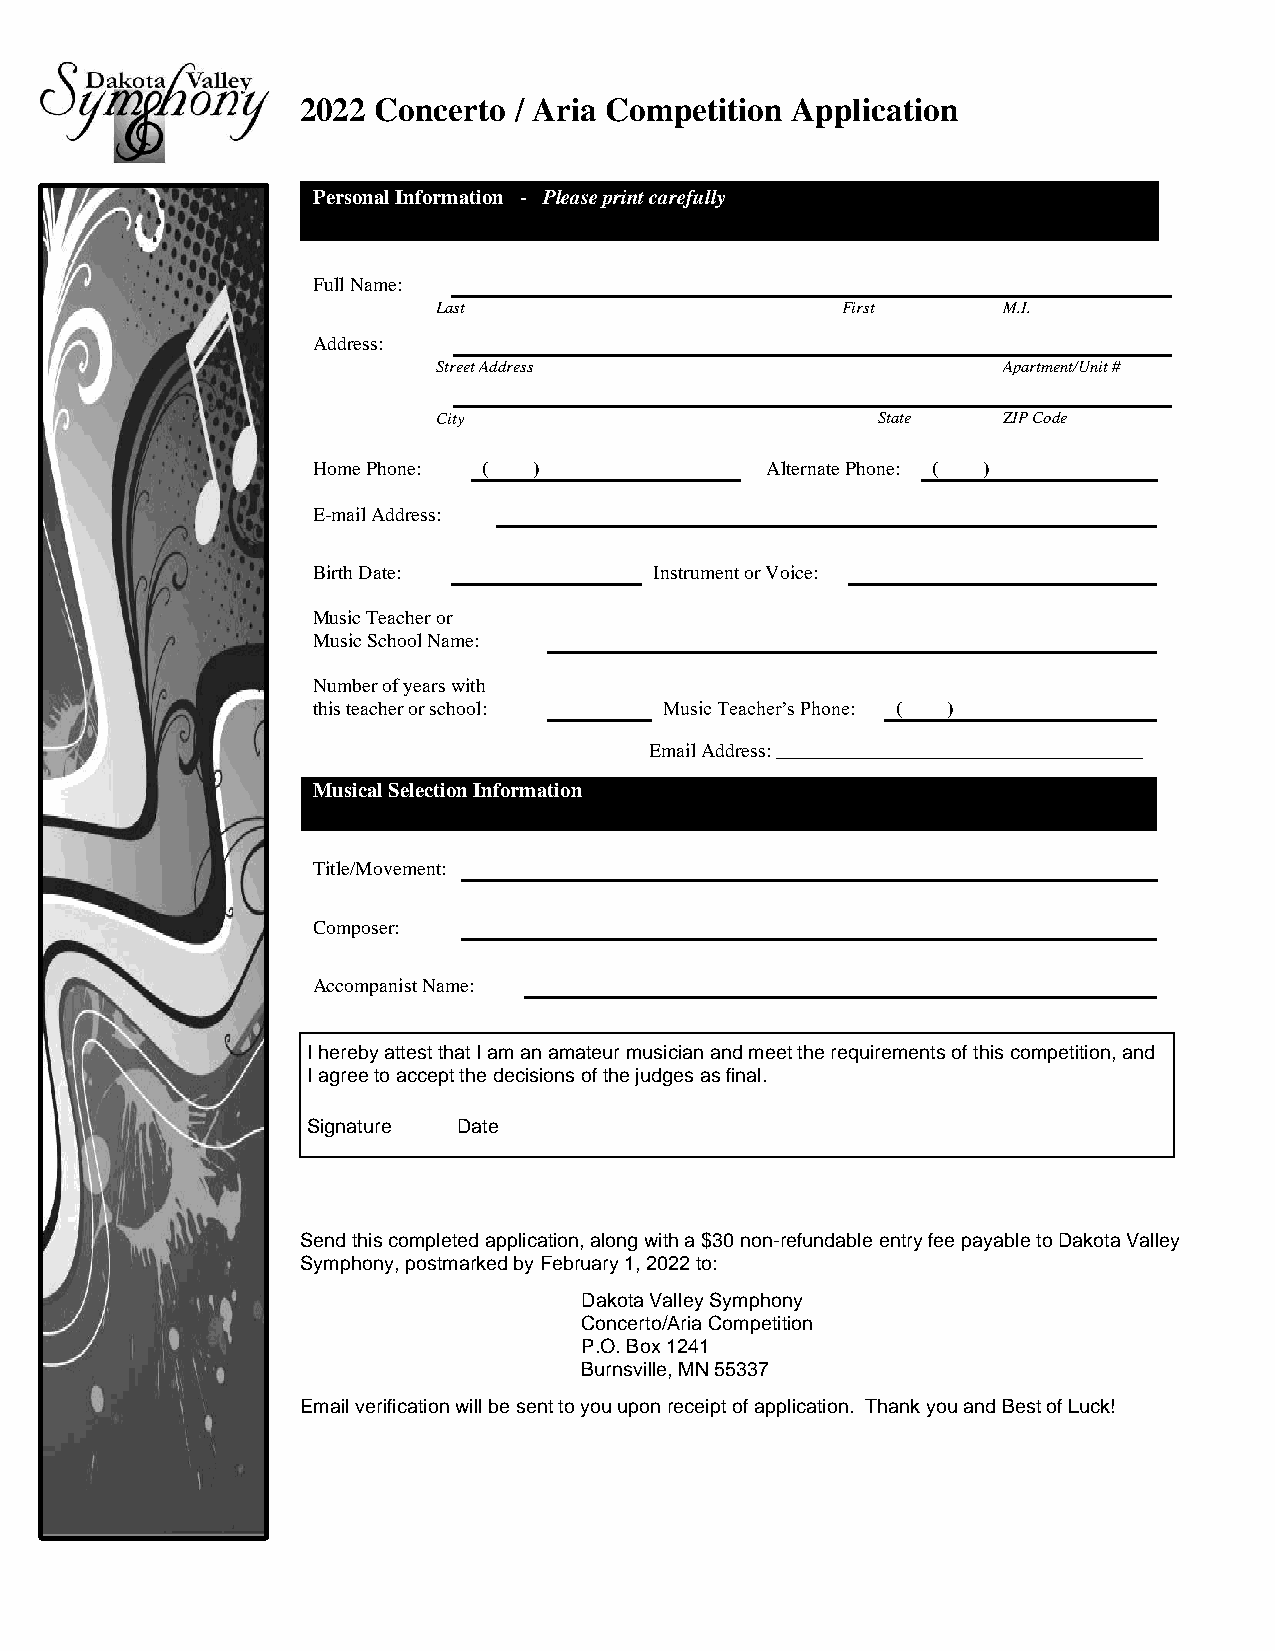
2022 Concerto / Aria Competition Application
 Personal Information - Please print carefully
 Full Name:
 Last                       First     M.I.
 Address:
 Street Address                       Apartment/Unit #
 City                         State   ZIP Code
 Home Phone: ( )               Alternate Phone: ( )
 E-mail Address:
 Birth Date:           Instrument or Voice:
 Music Teacher or
 Music School Name:
 Number of years with
 this teacher or school: Music Teacher’s Phone: ( )
 Email Address: _____________________________________
 Musical Selection Information
 Title/Movement:
 Composer:
 Accompanist Name:
 I hereby attest that I am an amateur musician and meet the requirements of this competition, and
 I ag ree to accept the decisions of the judges as final.
 Sign ature Date
 Send this completed application, along with a $30 non-refundable entry fee payable to Dakota Valley
 Symphony, postmarked by February 1, 2022 to:
 Dakota Valley Symphony
 Concerto/Aria Competition
 P.O. Box 1241
 Burnsville, MN 55337
 Email verification will be sent to you upon receipt of application. Thank you and Best of Luck!